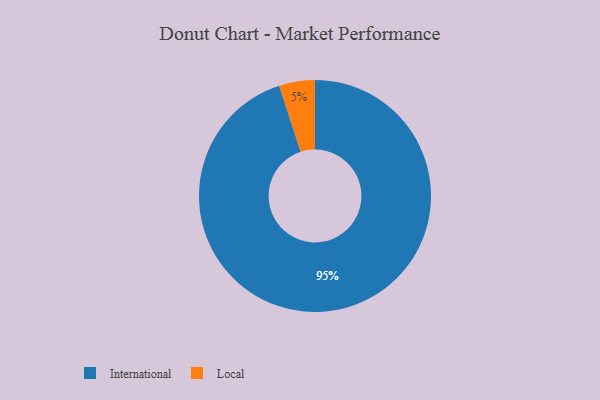
{"axis": {"x": "Category", "y": "Percentage"}, "legend": ["International", "Local"], "data": [{"x": "Local", "y": 5, "type": "Local"}, {"x": "International", "y": 95, "type": "International"}]}